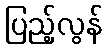
ပြည့်လွန်